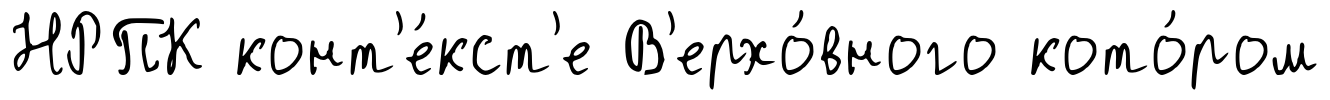
НРПК конт'е́кст'е В'ерхо́вного кото́ром